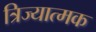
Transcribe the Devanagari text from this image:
त्रिज्यात्मक